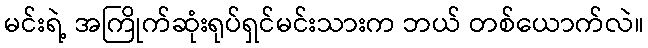
မင်းရဲ့ အကြိုက်ဆုံးရုပ်ရှင်မင်းသားက ဘယ် တစ်ယောက်လဲ။